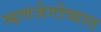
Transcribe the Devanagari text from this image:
म्हणजेगोव्यात